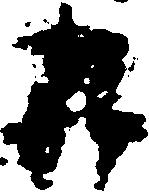
九